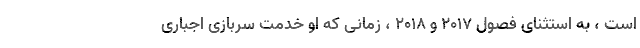
است ، به استثنای فصول 2017 و 2018 ، زمانی که او خدمت سربازی اجباری